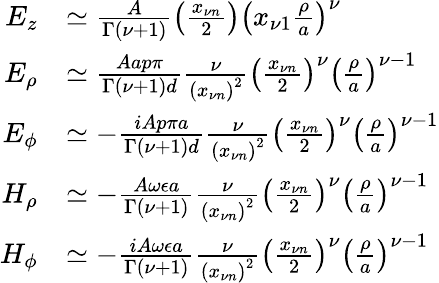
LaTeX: \begin{array}{rl}{E_{z}}&{\simeq\frac{A}{\Gamma\left(\nu+1\right)}\left(\frac{x_{\nu n}}{2}\right)\left(x_{\nu 1}\frac{\rho}{a}\right)^{\nu}}\\ {E_{\rho}}&{\simeq\frac{Aap\pi}{\Gamma\left(\nu+1\right)d}\frac{\nu}{\left(x_{\nu n}\right)^{2}}\left(\frac{x_{\nu n}}{2}\right)^{\nu}\left(\frac{\rho}{a}\right)^{\nu-1}}\\ {E_{\phi}}&{\simeq-\frac{iAp\pi a}{\Gamma(\nu+1)d}\frac{\nu}{\left(x_{\nu n}\right)^{2}}\left(\frac{x_{\nu n}}{2}\right)^{\nu}\left(\frac{\rho}{a}\right)^{\nu-1}}\\ {H_{\rho}}&{\simeq-\frac{A\omega\epsilon a}{\Gamma(\nu+1)}\frac{\nu}{\left(x_{\nu n}\right)^{2}}\left(\frac{x_{\nu n}}{2}\right)^{\nu}\left(\frac{\rho}{a}\right)^{\nu-1}}\\ {H_{\phi}}&{\simeq-\frac{iA\omega\epsilon a}{\Gamma(\nu+1)}\frac{\nu}{\left(x_{\nu n}\right)^{2}}\left(\frac{x_{\nu n}}{2}\right)^{\nu}\left(\frac{\rho}{a}\right)^{\nu-1}}\end{array}